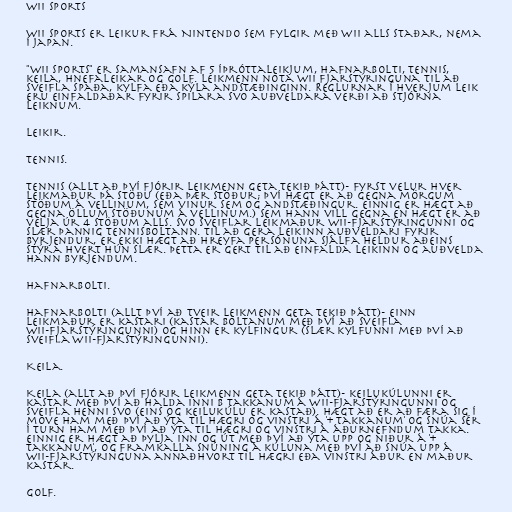
Wii Sports

Wii Sports er leikur frá Nintendo sem fylgir með Wii alls staðar, nema
í Japan.

"Wii Sports" er samansafn af 5 íþróttaleikjum, hafnarbolti, tennis,
keila, hnefaleikar og golf. Leikmenn nota Wii fjarstýringuna til að
sveifla spaða, kylfa eða kýla andstæðinginn. Reglurnar í hverjum leik
eru einfaldaðar fyrir spilara svo auðveldara verði að stjórna
leiknum.

Leikir.

Tennis.

Tennis (allt að því fjórir leikmenn geta tekið þátt)- fyrst velur hver
leikmaður þá stöðu (eða þær stöður; því hægt er að gegna mörgum
stöðum á vellinum, sem vinur sem og andstæðingur. Einnig er hægt að
gegna öllum stöðunum á vellinum.) sem hann vill gegna en hægt er að
velja úr 4 stöðum alls. Svo sveiflar leikmaður Wii-fjarstýringunni og
slær þannig tennisboltann. Til að gera leikinn auðveldari fyrir
byrjendur, er ekki hægt að hreyfa persónuna sjálfa heldur aðeins
stýra hvert hún slær. Þetta er gert til að einfalda leikinn og auðvelda
hann byrjendum.

Hafnarbolti.

Hafnarbolti (allt því að tveir leikmenn geta tekið þátt)- einn
leikmaður er kastari (kastar boltanum með því að sveifla
Wii-fjarstýringunni) og hinn er kylfingur (slær kylfunni með því að
sveifla Wii-fjarstýringunni).

Keila.

Keila (allt að því fjórir leikmenn geta tekið þátt)- keilukúlunni er
kastar með því að halda inni B takkanum á Wii-fjarstýringunni og
sveifla henni svo (eins og keilukúlu er kastað). Hægt að er að færa sig í
move ham með því að ýta til hægri og vinstri á '+ takkanum' og snúa sér
í turn ham með því að ýta til hægri og vinstri á áðurnefndum takka.
Einnig er hægt að þylja inn og út með því að ýta upp og niður á '+
takkanum', og framkalla snúning á kúluna með því að snúa upp á
Wii-fjarstýringuna annaðhvort til hægri eða vinstri áður en maður
kastar.

Golf.